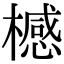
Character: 𣛴